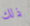
ذلك